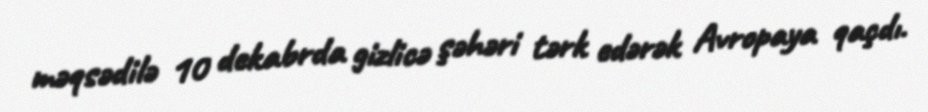
məqsədilə 10 dekabrda gizlicə şəhəri tərk edərək Avropaya qaçdı.